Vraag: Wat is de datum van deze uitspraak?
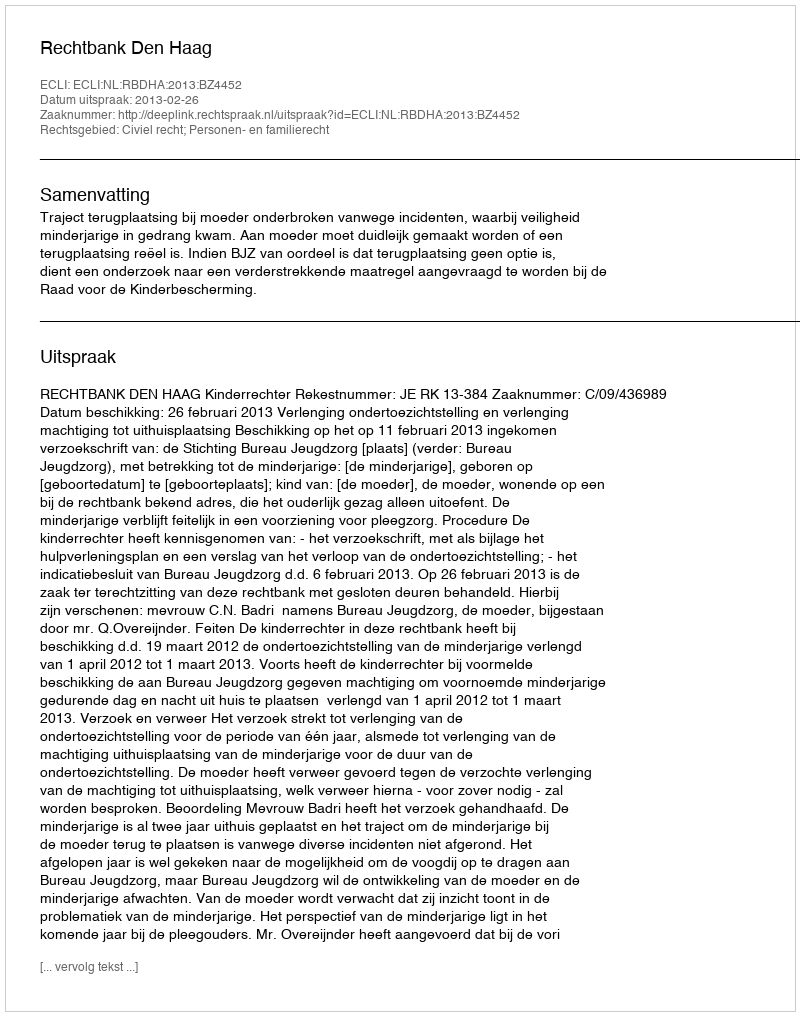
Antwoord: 2013-02-26